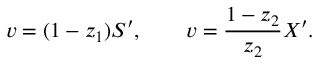
v = ( 1 - z _ { 1 } ) S ^ { \prime } , \qquad v = { \frac { 1 - z _ { 2 } } { z _ { 2 } } } X ^ { \prime } .